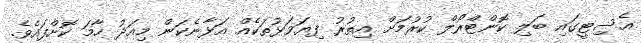
އެސިޓީގައި ބަލި ކޮންޓްރޯލް ކުރުމަށް އިތުރު ފިޔަވަޅުތަކެއް އަޅާނެކަން މިއަދު ހާމަ ކޮށްފައެވެ.